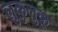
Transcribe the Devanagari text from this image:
लुकुलुकू